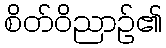
စိတ်ဝိညာဉ်၏